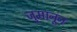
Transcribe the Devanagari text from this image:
जुमानून